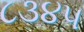
૮૩૪૫